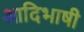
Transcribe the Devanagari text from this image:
आदिभाषी